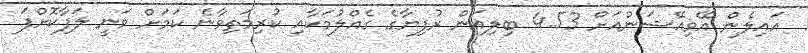
އައިލެން އޭވިއޭޝަންއަށް 4.53 ބިލިއަން ރުފިޔާގެ ގެއްލުމަކާއި ކުރިމަތިވާނެ ކަމަށް ވަނީ ލަފާކޮށްފަ